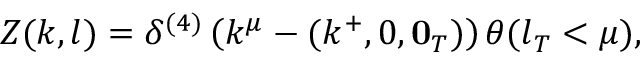
Z ( k , l ) = \delta ^ { ( 4 ) } \left( k ^ { \mu } - ( k ^ { + } , 0 , { \bf 0 } _ { T } ) \right) \theta ( l _ { T } < \mu ) ,